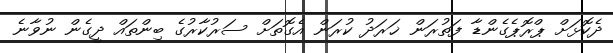
ދެކޮޅަށް ޕްރޮޕެގެންޑާ ފަތުރަން ޚަރަދު ކުރަން އެގޮތަށް ސަރުކާރުގެ ބިންތައް ދީގެން ނުވާނެ